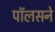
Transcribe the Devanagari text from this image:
पॉलसने